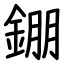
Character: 錋